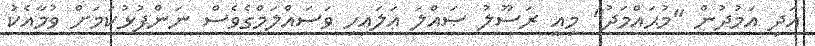
އަދި އަމުދުން "މުޙައްމަދު" މިއީ ރަސޫލު ޞައްލަ ޢަލައިހި ވަސައްލަމްގެވެސް ނަންފުޅުކަމަށް ވުމާއެކު